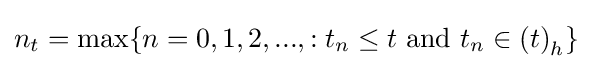
n_{t}=\max\{n=0,1,2,...,:t_{n}\leq t{\text{ and }}t_{n}\in \left(t\right)_{h}\}